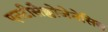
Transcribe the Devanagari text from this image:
एनटीसैक्लोजेनेसिस